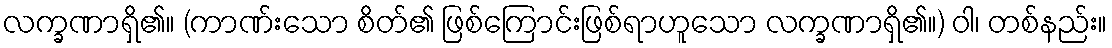
လက္ခဏာရှိ၏။ (ကာဏ်းသော စိတ်၏ ဖြစ်ကြောင်းဖြစ်ရာဟူသော လက္ခဏာရှိ၏။) ဝါ၊ တစ်နည်း။